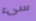
سىء